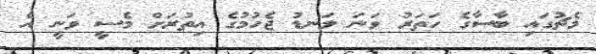
މެޗުގައި ބާސާގެ ހަތަރު ވަނަ ލަނޑު ޖެހުމުގެ އިތުރަށް މެސީ ވަނީ އެ